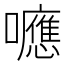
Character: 𡄖